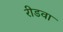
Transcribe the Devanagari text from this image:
रीडवा